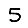
Digit: 5